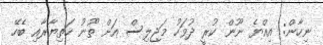
ނިހާން: އިއްޔެ ނޫން ކުރީ ދުވަހު މަޖިލިސް އަށް ތޫނު ހަތިޔާރާއި ބެހޭ